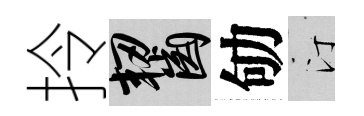
拎齧劬汀